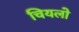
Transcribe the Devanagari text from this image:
चियलो